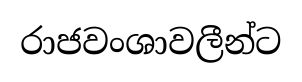
රාජවංශාවලීන්ට